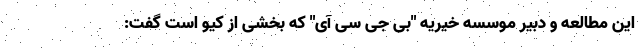
این مطالعه و دبیر موسسه خیریه "بی جی سی آی" که بخشی از کیو است گفت: